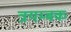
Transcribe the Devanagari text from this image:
त्रयम्बक